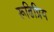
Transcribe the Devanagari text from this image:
रूढिप्रिय